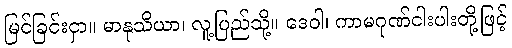
မြင်ခြင်းငှာ။ မာနုသိယာ၊ လူ့ပြည်သို့။ ဒေဝါ၊ ကာမဂုဏ်ငါးပါးတို့ဖြင့်